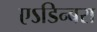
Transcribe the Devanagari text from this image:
एऽडिन्बरा